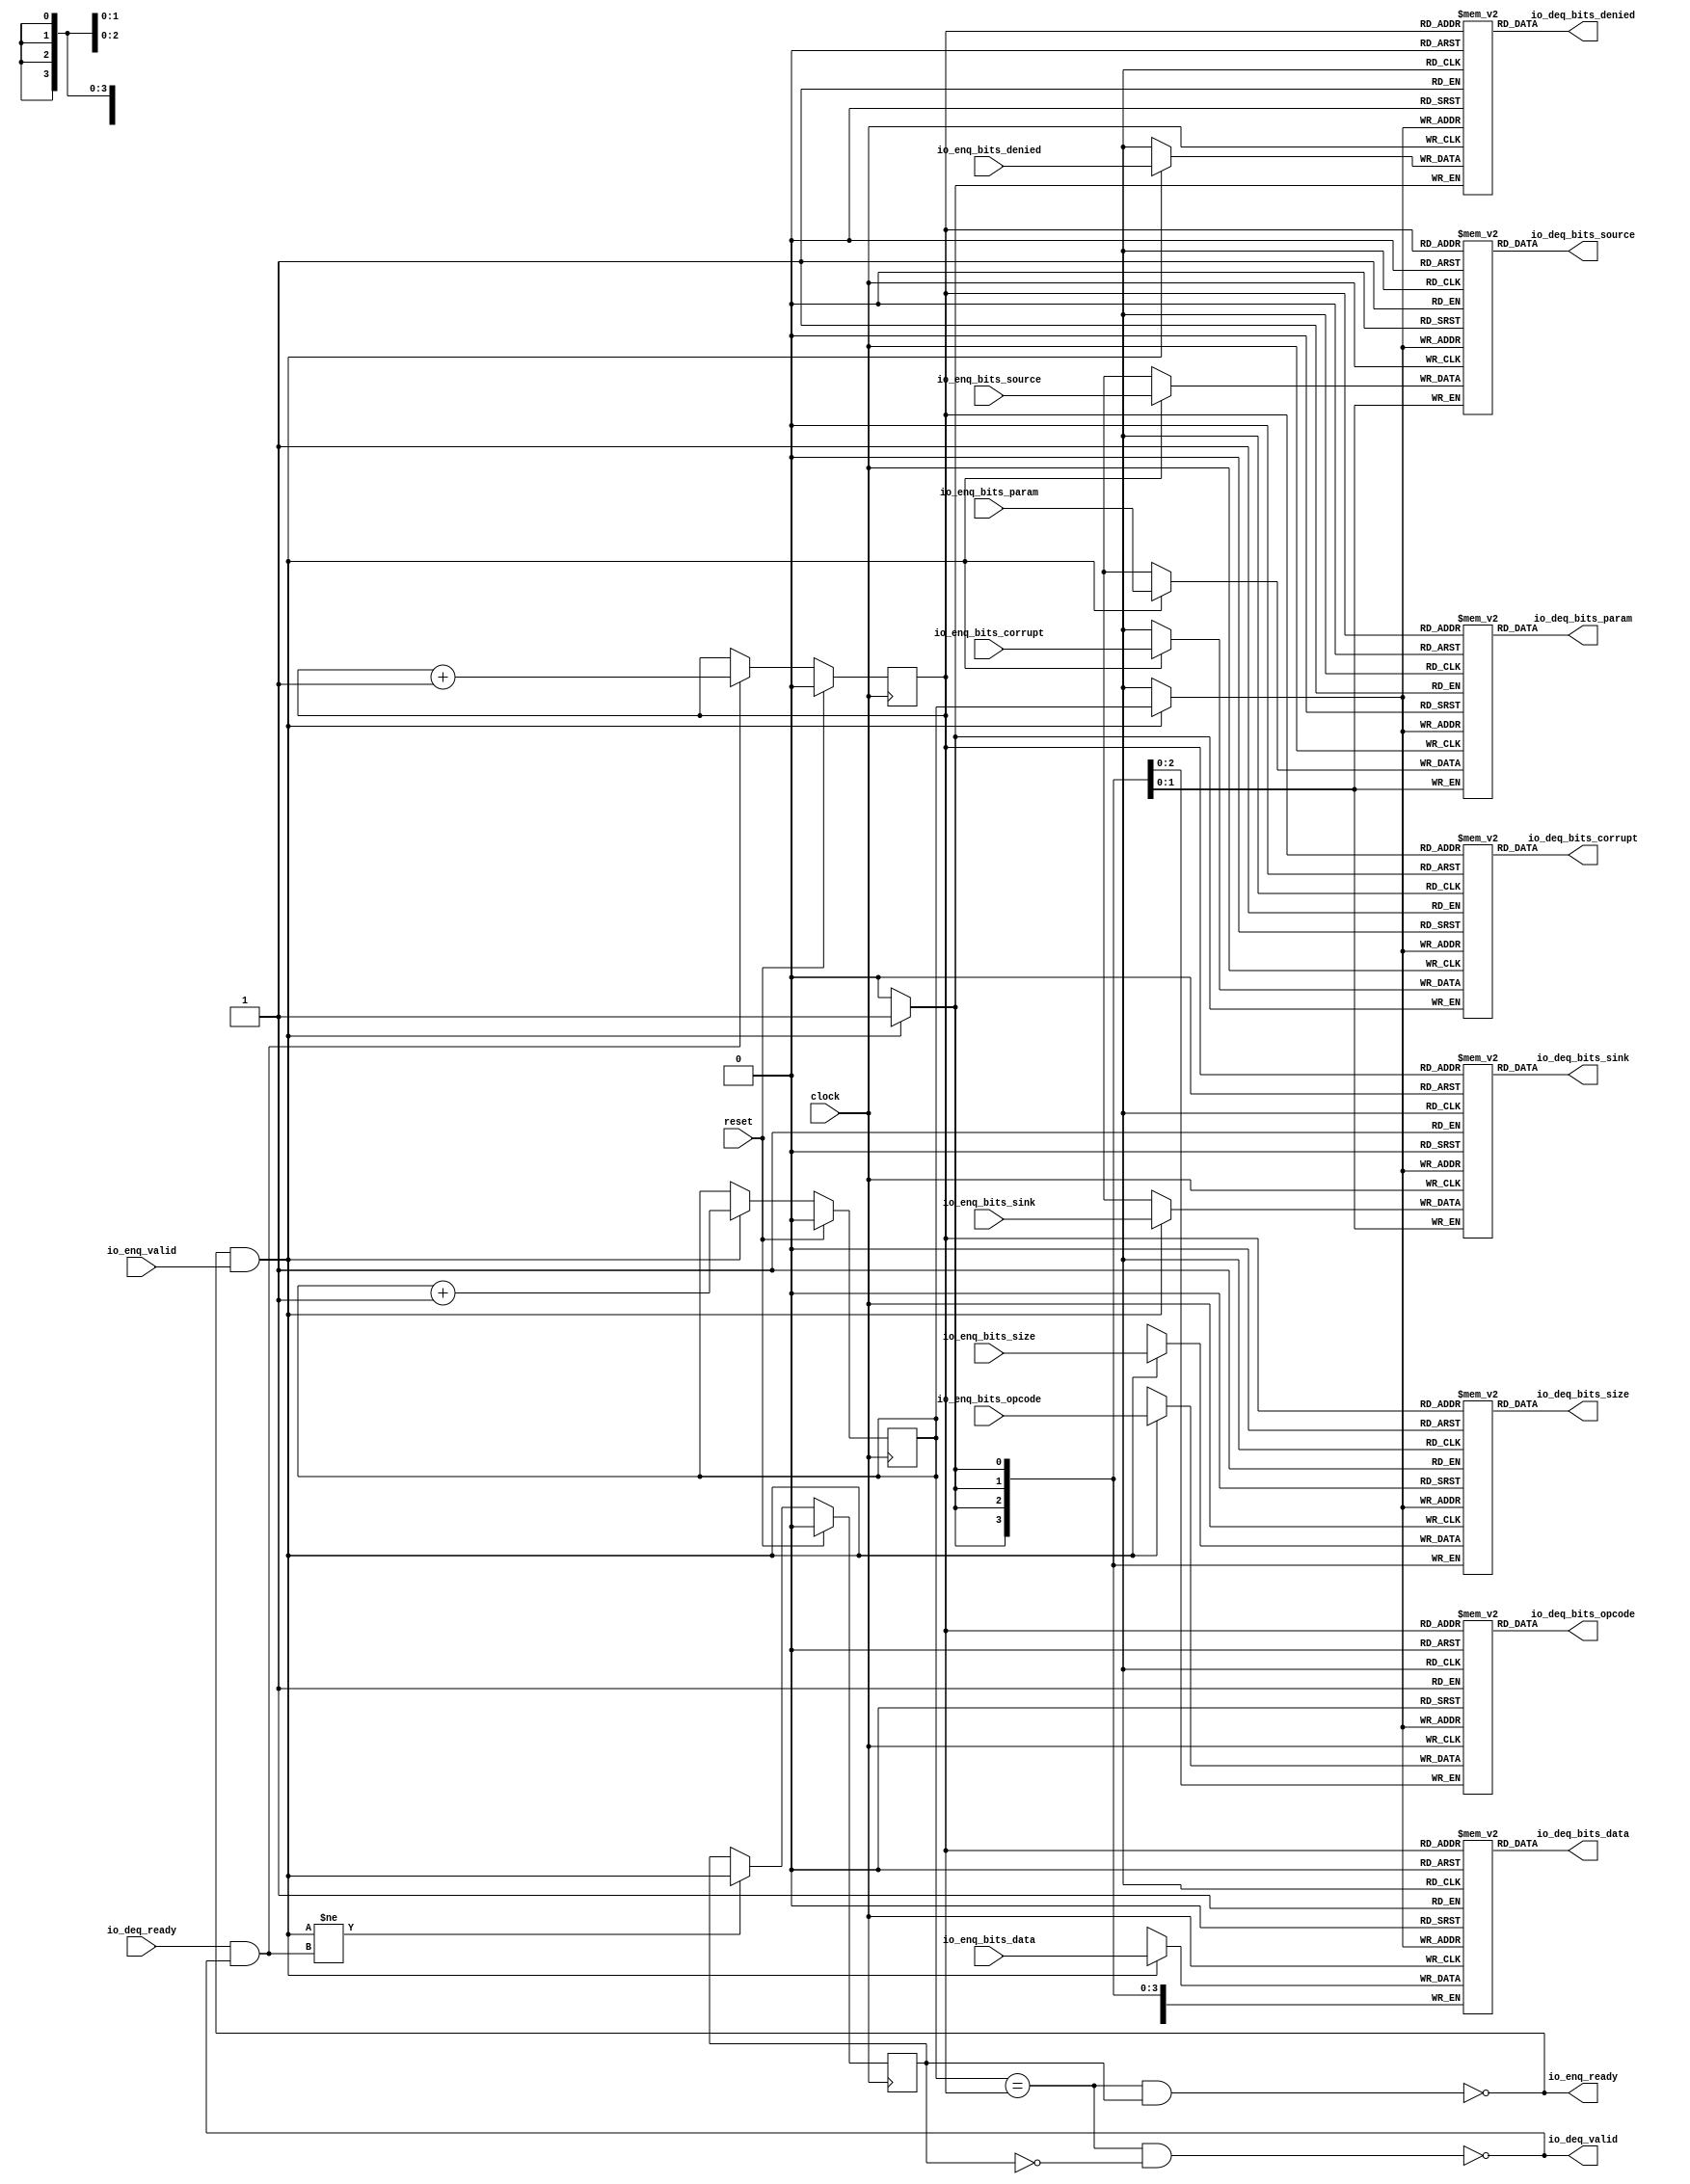
module Queue_34( // @[:freechips.rocketchip.system.DefaultRV32Config.fir@210117.2]
  input         clock, // @[:freechips.rocketchip.system.DefaultRV32Config.fir@210118.4]
  input         reset, // @[:freechips.rocketchip.system.DefaultRV32Config.fir@210119.4]
  output        io_enq_ready, // @[:freechips.rocketchip.system.DefaultRV32Config.fir@210120.4]
  input         io_enq_valid, // @[:freechips.rocketchip.system.DefaultRV32Config.fir@210120.4]
  input  [2:0]  io_enq_bits_opcode, // @[:freechips.rocketchip.system.DefaultRV32Config.fir@210120.4]
  input  [1:0]  io_enq_bits_param, // @[:freechips.rocketchip.system.DefaultRV32Config.fir@210120.4]
  input  [3:0]  io_enq_bits_size, // @[:freechips.rocketchip.system.DefaultRV32Config.fir@210120.4]
  input  [1:0]  io_enq_bits_source, // @[:freechips.rocketchip.system.DefaultRV32Config.fir@210120.4]
  input  [1:0]  io_enq_bits_sink, // @[:freechips.rocketchip.system.DefaultRV32Config.fir@210120.4]
  input         io_enq_bits_denied, // @[:freechips.rocketchip.system.DefaultRV32Config.fir@210120.4]
  input  [31:0] io_enq_bits_data, // @[:freechips.rocketchip.system.DefaultRV32Config.fir@210120.4]
  input         io_enq_bits_corrupt, // @[:freechips.rocketchip.system.DefaultRV32Config.fir@210120.4]
  input         io_deq_ready, // @[:freechips.rocketchip.system.DefaultRV32Config.fir@210120.4]
  output        io_deq_valid, // @[:freechips.rocketchip.system.DefaultRV32Config.fir@210120.4]
  output [2:0]  io_deq_bits_opcode, // @[:freechips.rocketchip.system.DefaultRV32Config.fir@210120.4]
  output [1:0]  io_deq_bits_param, // @[:freechips.rocketchip.system.DefaultRV32Config.fir@210120.4]
  output [3:0]  io_deq_bits_size, // @[:freechips.rocketchip.system.DefaultRV32Config.fir@210120.4]
  output [1:0]  io_deq_bits_source, // @[:freechips.rocketchip.system.DefaultRV32Config.fir@210120.4]
  output [1:0]  io_deq_bits_sink, // @[:freechips.rocketchip.system.DefaultRV32Config.fir@210120.4]
  output        io_deq_bits_denied, // @[:freechips.rocketchip.system.DefaultRV32Config.fir@210120.4]
  output [31:0] io_deq_bits_data, // @[:freechips.rocketchip.system.DefaultRV32Config.fir@210120.4]
  output        io_deq_bits_corrupt // @[:freechips.rocketchip.system.DefaultRV32Config.fir@210120.4]
);
`ifdef RANDOMIZE_MEM_INIT
  reg [31:0] _RAND_0;
  reg [31:0] _RAND_1;
  reg [31:0] _RAND_2;
  reg [31:0] _RAND_3;
  reg [31:0] _RAND_4;
  reg [31:0] _RAND_5;
  reg [31:0] _RAND_6;
  reg [31:0] _RAND_7;
`endif // RANDOMIZE_MEM_INIT
`ifdef RANDOMIZE_REG_INIT
  reg [31:0] _RAND_8;
  reg [31:0] _RAND_9;
  reg [31:0] _RAND_10;
`endif // RANDOMIZE_REG_INIT
  reg [2:0] ram_opcode [0:1]; // @[Decoupled.scala 209:16:freechips.rocketchip.system.DefaultRV32Config.fir@210122.4]
  wire [2:0] ram_opcode__T_15_data; // @[Decoupled.scala 209:16:freechips.rocketchip.system.DefaultRV32Config.fir@210122.4]
  wire  ram_opcode__T_15_addr; // @[Decoupled.scala 209:16:freechips.rocketchip.system.DefaultRV32Config.fir@210122.4]
  wire [2:0] ram_opcode__T_5_data; // @[Decoupled.scala 209:16:freechips.rocketchip.system.DefaultRV32Config.fir@210122.4]
  wire  ram_opcode__T_5_addr; // @[Decoupled.scala 209:16:freechips.rocketchip.system.DefaultRV32Config.fir@210122.4]
  wire  ram_opcode__T_5_mask; // @[Decoupled.scala 209:16:freechips.rocketchip.system.DefaultRV32Config.fir@210122.4]
  wire  ram_opcode__T_5_en; // @[Decoupled.scala 209:16:freechips.rocketchip.system.DefaultRV32Config.fir@210122.4]
  reg [1:0] ram_param [0:1]; // @[Decoupled.scala 209:16:freechips.rocketchip.system.DefaultRV32Config.fir@210122.4]
  wire [1:0] ram_param__T_15_data; // @[Decoupled.scala 209:16:freechips.rocketchip.system.DefaultRV32Config.fir@210122.4]
  wire  ram_param__T_15_addr; // @[Decoupled.scala 209:16:freechips.rocketchip.system.DefaultRV32Config.fir@210122.4]
  wire [1:0] ram_param__T_5_data; // @[Decoupled.scala 209:16:freechips.rocketchip.system.DefaultRV32Config.fir@210122.4]
  wire  ram_param__T_5_addr; // @[Decoupled.scala 209:16:freechips.rocketchip.system.DefaultRV32Config.fir@210122.4]
  wire  ram_param__T_5_mask; // @[Decoupled.scala 209:16:freechips.rocketchip.system.DefaultRV32Config.fir@210122.4]
  wire  ram_param__T_5_en; // @[Decoupled.scala 209:16:freechips.rocketchip.system.DefaultRV32Config.fir@210122.4]
  reg [3:0] ram_size [0:1]; // @[Decoupled.scala 209:16:freechips.rocketchip.system.DefaultRV32Config.fir@210122.4]
  wire [3:0] ram_size__T_15_data; // @[Decoupled.scala 209:16:freechips.rocketchip.system.DefaultRV32Config.fir@210122.4]
  wire  ram_size__T_15_addr; // @[Decoupled.scala 209:16:freechips.rocketchip.system.DefaultRV32Config.fir@210122.4]
  wire [3:0] ram_size__T_5_data; // @[Decoupled.scala 209:16:freechips.rocketchip.system.DefaultRV32Config.fir@210122.4]
  wire  ram_size__T_5_addr; // @[Decoupled.scala 209:16:freechips.rocketchip.system.DefaultRV32Config.fir@210122.4]
  wire  ram_size__T_5_mask; // @[Decoupled.scala 209:16:freechips.rocketchip.system.DefaultRV32Config.fir@210122.4]
  wire  ram_size__T_5_en; // @[Decoupled.scala 209:16:freechips.rocketchip.system.DefaultRV32Config.fir@210122.4]
  reg [1:0] ram_source [0:1]; // @[Decoupled.scala 209:16:freechips.rocketchip.system.DefaultRV32Config.fir@210122.4]
  wire [1:0] ram_source__T_15_data; // @[Decoupled.scala 209:16:freechips.rocketchip.system.DefaultRV32Config.fir@210122.4]
  wire  ram_source__T_15_addr; // @[Decoupled.scala 209:16:freechips.rocketchip.system.DefaultRV32Config.fir@210122.4]
  wire [1:0] ram_source__T_5_data; // @[Decoupled.scala 209:16:freechips.rocketchip.system.DefaultRV32Config.fir@210122.4]
  wire  ram_source__T_5_addr; // @[Decoupled.scala 209:16:freechips.rocketchip.system.DefaultRV32Config.fir@210122.4]
  wire  ram_source__T_5_mask; // @[Decoupled.scala 209:16:freechips.rocketchip.system.DefaultRV32Config.fir@210122.4]
  wire  ram_source__T_5_en; // @[Decoupled.scala 209:16:freechips.rocketchip.system.DefaultRV32Config.fir@210122.4]
  reg [1:0] ram_sink [0:1]; // @[Decoupled.scala 209:16:freechips.rocketchip.system.DefaultRV32Config.fir@210122.4]
  wire [1:0] ram_sink__T_15_data; // @[Decoupled.scala 209:16:freechips.rocketchip.system.DefaultRV32Config.fir@210122.4]
  wire  ram_sink__T_15_addr; // @[Decoupled.scala 209:16:freechips.rocketchip.system.DefaultRV32Config.fir@210122.4]
  wire [1:0] ram_sink__T_5_data; // @[Decoupled.scala 209:16:freechips.rocketchip.system.DefaultRV32Config.fir@210122.4]
  wire  ram_sink__T_5_addr; // @[Decoupled.scala 209:16:freechips.rocketchip.system.DefaultRV32Config.fir@210122.4]
  wire  ram_sink__T_5_mask; // @[Decoupled.scala 209:16:freechips.rocketchip.system.DefaultRV32Config.fir@210122.4]
  wire  ram_sink__T_5_en; // @[Decoupled.scala 209:16:freechips.rocketchip.system.DefaultRV32Config.fir@210122.4]
  reg  ram_denied [0:1]; // @[Decoupled.scala 209:16:freechips.rocketchip.system.DefaultRV32Config.fir@210122.4]
  wire  ram_denied__T_15_data; // @[Decoupled.scala 209:16:freechips.rocketchip.system.DefaultRV32Config.fir@210122.4]
  wire  ram_denied__T_15_addr; // @[Decoupled.scala 209:16:freechips.rocketchip.system.DefaultRV32Config.fir@210122.4]
  wire  ram_denied__T_5_data; // @[Decoupled.scala 209:16:freechips.rocketchip.system.DefaultRV32Config.fir@210122.4]
  wire  ram_denied__T_5_addr; // @[Decoupled.scala 209:16:freechips.rocketchip.system.DefaultRV32Config.fir@210122.4]
  wire  ram_denied__T_5_mask; // @[Decoupled.scala 209:16:freechips.rocketchip.system.DefaultRV32Config.fir@210122.4]
  wire  ram_denied__T_5_en; // @[Decoupled.scala 209:16:freechips.rocketchip.system.DefaultRV32Config.fir@210122.4]
  reg [31:0] ram_data [0:1]; // @[Decoupled.scala 209:16:freechips.rocketchip.system.DefaultRV32Config.fir@210122.4]
  wire [31:0] ram_data__T_15_data; // @[Decoupled.scala 209:16:freechips.rocketchip.system.DefaultRV32Config.fir@210122.4]
  wire  ram_data__T_15_addr; // @[Decoupled.scala 209:16:freechips.rocketchip.system.DefaultRV32Config.fir@210122.4]
  wire [31:0] ram_data__T_5_data; // @[Decoupled.scala 209:16:freechips.rocketchip.system.DefaultRV32Config.fir@210122.4]
  wire  ram_data__T_5_addr; // @[Decoupled.scala 209:16:freechips.rocketchip.system.DefaultRV32Config.fir@210122.4]
  wire  ram_data__T_5_mask; // @[Decoupled.scala 209:16:freechips.rocketchip.system.DefaultRV32Config.fir@210122.4]
  wire  ram_data__T_5_en; // @[Decoupled.scala 209:16:freechips.rocketchip.system.DefaultRV32Config.fir@210122.4]
  reg  ram_corrupt [0:1]; // @[Decoupled.scala 209:16:freechips.rocketchip.system.DefaultRV32Config.fir@210122.4]
  wire  ram_corrupt__T_15_data; // @[Decoupled.scala 209:16:freechips.rocketchip.system.DefaultRV32Config.fir@210122.4]
  wire  ram_corrupt__T_15_addr; // @[Decoupled.scala 209:16:freechips.rocketchip.system.DefaultRV32Config.fir@210122.4]
  wire  ram_corrupt__T_5_data; // @[Decoupled.scala 209:16:freechips.rocketchip.system.DefaultRV32Config.fir@210122.4]
  wire  ram_corrupt__T_5_addr; // @[Decoupled.scala 209:16:freechips.rocketchip.system.DefaultRV32Config.fir@210122.4]
  wire  ram_corrupt__T_5_mask; // @[Decoupled.scala 209:16:freechips.rocketchip.system.DefaultRV32Config.fir@210122.4]
  wire  ram_corrupt__T_5_en; // @[Decoupled.scala 209:16:freechips.rocketchip.system.DefaultRV32Config.fir@210122.4]
  reg  _T; // @[Counter.scala 29:33:freechips.rocketchip.system.DefaultRV32Config.fir@210123.4]
  reg  _T_1; // @[Counter.scala 29:33:freechips.rocketchip.system.DefaultRV32Config.fir@210124.4]
  reg  maybe_full; // @[Decoupled.scala 212:27:freechips.rocketchip.system.DefaultRV32Config.fir@210125.4]
  wire  ptr_match; // @[Decoupled.scala 214:33:freechips.rocketchip.system.DefaultRV32Config.fir@210126.4]
  wire  _T_2; // @[Decoupled.scala 215:28:freechips.rocketchip.system.DefaultRV32Config.fir@210127.4]
  wire  empty; // @[Decoupled.scala 215:25:freechips.rocketchip.system.DefaultRV32Config.fir@210128.4]
  wire  full; // @[Decoupled.scala 216:24:freechips.rocketchip.system.DefaultRV32Config.fir@210129.4]
  wire  do_enq; // @[Decoupled.scala 40:37:freechips.rocketchip.system.DefaultRV32Config.fir@210130.4]
  wire  do_deq; // @[Decoupled.scala 40:37:freechips.rocketchip.system.DefaultRV32Config.fir@210133.4]
  wire  _T_8; // @[Counter.scala 39:22:freechips.rocketchip.system.DefaultRV32Config.fir@210148.6]
  wire  _T_11; // @[Counter.scala 39:22:freechips.rocketchip.system.DefaultRV32Config.fir@210154.6]
  wire  _T_12; // @[Decoupled.scala 227:16:freechips.rocketchip.system.DefaultRV32Config.fir@210157.4]
  assign ram_opcode__T_15_addr = _T_1;
  assign ram_opcode__T_15_data = ram_opcode[ram_opcode__T_15_addr]; // @[Decoupled.scala 209:16:freechips.rocketchip.system.DefaultRV32Config.fir@210122.4]
  assign ram_opcode__T_5_data = io_enq_bits_opcode;
  assign ram_opcode__T_5_addr = _T;
  assign ram_opcode__T_5_mask = 1'h1;
  assign ram_opcode__T_5_en = io_enq_ready & io_enq_valid;
  assign ram_param__T_15_addr = _T_1;
  assign ram_param__T_15_data = ram_param[ram_param__T_15_addr]; // @[Decoupled.scala 209:16:freechips.rocketchip.system.DefaultRV32Config.fir@210122.4]
  assign ram_param__T_5_data = io_enq_bits_param;
  assign ram_param__T_5_addr = _T;
  assign ram_param__T_5_mask = 1'h1;
  assign ram_param__T_5_en = io_enq_ready & io_enq_valid;
  assign ram_size__T_15_addr = _T_1;
  assign ram_size__T_15_data = ram_size[ram_size__T_15_addr]; // @[Decoupled.scala 209:16:freechips.rocketchip.system.DefaultRV32Config.fir@210122.4]
  assign ram_size__T_5_data = io_enq_bits_size;
  assign ram_size__T_5_addr = _T;
  assign ram_size__T_5_mask = 1'h1;
  assign ram_size__T_5_en = io_enq_ready & io_enq_valid;
  assign ram_source__T_15_addr = _T_1;
  assign ram_source__T_15_data = ram_source[ram_source__T_15_addr]; // @[Decoupled.scala 209:16:freechips.rocketchip.system.DefaultRV32Config.fir@210122.4]
  assign ram_source__T_5_data = io_enq_bits_source;
  assign ram_source__T_5_addr = _T;
  assign ram_source__T_5_mask = 1'h1;
  assign ram_source__T_5_en = io_enq_ready & io_enq_valid;
  assign ram_sink__T_15_addr = _T_1;
  assign ram_sink__T_15_data = ram_sink[ram_sink__T_15_addr]; // @[Decoupled.scala 209:16:freechips.rocketchip.system.DefaultRV32Config.fir@210122.4]
  assign ram_sink__T_5_data = io_enq_bits_sink;
  assign ram_sink__T_5_addr = _T;
  assign ram_sink__T_5_mask = 1'h1;
  assign ram_sink__T_5_en = io_enq_ready & io_enq_valid;
  assign ram_denied__T_15_addr = _T_1;
  assign ram_denied__T_15_data = ram_denied[ram_denied__T_15_addr]; // @[Decoupled.scala 209:16:freechips.rocketchip.system.DefaultRV32Config.fir@210122.4]
  assign ram_denied__T_5_data = io_enq_bits_denied;
  assign ram_denied__T_5_addr = _T;
  assign ram_denied__T_5_mask = 1'h1;
  assign ram_denied__T_5_en = io_enq_ready & io_enq_valid;
  assign ram_data__T_15_addr = _T_1;
  assign ram_data__T_15_data = ram_data[ram_data__T_15_addr]; // @[Decoupled.scala 209:16:freechips.rocketchip.system.DefaultRV32Config.fir@210122.4]
  assign ram_data__T_5_data = io_enq_bits_data;
  assign ram_data__T_5_addr = _T;
  assign ram_data__T_5_mask = 1'h1;
  assign ram_data__T_5_en = io_enq_ready & io_enq_valid;
  assign ram_corrupt__T_15_addr = _T_1;
  assign ram_corrupt__T_15_data = ram_corrupt[ram_corrupt__T_15_addr]; // @[Decoupled.scala 209:16:freechips.rocketchip.system.DefaultRV32Config.fir@210122.4]
  assign ram_corrupt__T_5_data = io_enq_bits_corrupt;
  assign ram_corrupt__T_5_addr = _T;
  assign ram_corrupt__T_5_mask = 1'h1;
  assign ram_corrupt__T_5_en = io_enq_ready & io_enq_valid;
  assign ptr_match = _T == _T_1; // @[Decoupled.scala 214:33:freechips.rocketchip.system.DefaultRV32Config.fir@210126.4]
  assign _T_2 = ~maybe_full; // @[Decoupled.scala 215:28:freechips.rocketchip.system.DefaultRV32Config.fir@210127.4]
  assign empty = ptr_match & _T_2; // @[Decoupled.scala 215:25:freechips.rocketchip.system.DefaultRV32Config.fir@210128.4]
  assign full = ptr_match & maybe_full; // @[Decoupled.scala 216:24:freechips.rocketchip.system.DefaultRV32Config.fir@210129.4]
  assign do_enq = io_enq_ready & io_enq_valid; // @[Decoupled.scala 40:37:freechips.rocketchip.system.DefaultRV32Config.fir@210130.4]
  assign do_deq = io_deq_ready & io_deq_valid; // @[Decoupled.scala 40:37:freechips.rocketchip.system.DefaultRV32Config.fir@210133.4]
  assign _T_8 = _T + 1'h1; // @[Counter.scala 39:22:freechips.rocketchip.system.DefaultRV32Config.fir@210148.6]
  assign _T_11 = _T_1 + 1'h1; // @[Counter.scala 39:22:freechips.rocketchip.system.DefaultRV32Config.fir@210154.6]
  assign _T_12 = do_enq != do_deq; // @[Decoupled.scala 227:16:freechips.rocketchip.system.DefaultRV32Config.fir@210157.4]
  assign io_enq_ready = ~full; // @[Decoupled.scala 232:16:freechips.rocketchip.system.DefaultRV32Config.fir@210164.4]
  assign io_deq_valid = ~empty; // @[Decoupled.scala 231:16:freechips.rocketchip.system.DefaultRV32Config.fir@210162.4]
  assign io_deq_bits_opcode = ram_opcode__T_15_data; // @[Decoupled.scala 233:15:freechips.rocketchip.system.DefaultRV32Config.fir@210173.4]
  assign io_deq_bits_param = ram_param__T_15_data; // @[Decoupled.scala 233:15:freechips.rocketchip.system.DefaultRV32Config.fir@210172.4]
  assign io_deq_bits_size = ram_size__T_15_data; // @[Decoupled.scala 233:15:freechips.rocketchip.system.DefaultRV32Config.fir@210171.4]
  assign io_deq_bits_source = ram_source__T_15_data; // @[Decoupled.scala 233:15:freechips.rocketchip.system.DefaultRV32Config.fir@210170.4]
  assign io_deq_bits_sink = ram_sink__T_15_data; // @[Decoupled.scala 233:15:freechips.rocketchip.system.DefaultRV32Config.fir@210169.4]
  assign io_deq_bits_denied = ram_denied__T_15_data; // @[Decoupled.scala 233:15:freechips.rocketchip.system.DefaultRV32Config.fir@210168.4]
  assign io_deq_bits_data = ram_data__T_15_data; // @[Decoupled.scala 233:15:freechips.rocketchip.system.DefaultRV32Config.fir@210167.4]
  assign io_deq_bits_corrupt = ram_corrupt__T_15_data; // @[Decoupled.scala 233:15:freechips.rocketchip.system.DefaultRV32Config.fir@210166.4]
`ifdef RANDOMIZE_GARBAGE_ASSIGN
`define RANDOMIZE
`endif
`ifdef RANDOMIZE_INVALID_ASSIGN
`define RANDOMIZE
`endif
`ifdef RANDOMIZE_REG_INIT
`define RANDOMIZE
`endif
`ifdef RANDOMIZE_MEM_INIT
`define RANDOMIZE
`endif
`ifndef RANDOM
`define RANDOM $random
`endif
`ifdef RANDOMIZE_MEM_INIT
  integer initvar;
`endif
`ifndef SYNTHESIS
`ifdef FIRRTL_BEFORE_INITIAL
`FIRRTL_BEFORE_INITIAL
`endif
initial begin
  `ifdef RANDOMIZE
    `ifdef INIT_RANDOM
      `INIT_RANDOM
    `endif
    `ifndef VERILATOR
      `ifdef RANDOMIZE_DELAY
        #`RANDOMIZE_DELAY begin end
      `else
        #0.002 begin end
      `endif
    `endif
`ifdef RANDOMIZE_MEM_INIT
  _RAND_0 = {1{`RANDOM}};
  for (initvar = 0; initvar < 2; initvar = initvar+1)
    ram_opcode[initvar] = _RAND_0[2:0];
  _RAND_1 = {1{`RANDOM}};
  for (initvar = 0; initvar < 2; initvar = initvar+1)
    ram_param[initvar] = _RAND_1[1:0];
  _RAND_2 = {1{`RANDOM}};
  for (initvar = 0; initvar < 2; initvar = initvar+1)
    ram_size[initvar] = _RAND_2[3:0];
  _RAND_3 = {1{`RANDOM}};
  for (initvar = 0; initvar < 2; initvar = initvar+1)
    ram_source[initvar] = _RAND_3[1:0];
  _RAND_4 = {1{`RANDOM}};
  for (initvar = 0; initvar < 2; initvar = initvar+1)
    ram_sink[initvar] = _RAND_4[1:0];
  _RAND_5 = {1{`RANDOM}};
  for (initvar = 0; initvar < 2; initvar = initvar+1)
    ram_denied[initvar] = _RAND_5[0:0];
  _RAND_6 = {1{`RANDOM}};
  for (initvar = 0; initvar < 2; initvar = initvar+1)
    ram_data[initvar] = _RAND_6[31:0];
  _RAND_7 = {1{`RANDOM}};
  for (initvar = 0; initvar < 2; initvar = initvar+1)
    ram_corrupt[initvar] = _RAND_7[0:0];
`endif // RANDOMIZE_MEM_INIT
`ifdef RANDOMIZE_REG_INIT
  _RAND_8 = {1{`RANDOM}};
  _T = _RAND_8[0:0];
  _RAND_9 = {1{`RANDOM}};
  _T_1 = _RAND_9[0:0];
  _RAND_10 = {1{`RANDOM}};
  maybe_full = _RAND_10[0:0];
`endif // RANDOMIZE_REG_INIT
  `endif // RANDOMIZE
end // initial
`ifdef FIRRTL_AFTER_INITIAL
`FIRRTL_AFTER_INITIAL
`endif
`endif // SYNTHESIS
  always @(posedge clock) begin
    if(ram_opcode__T_5_en & ram_opcode__T_5_mask) begin
      ram_opcode[ram_opcode__T_5_addr] <= ram_opcode__T_5_data; // @[Decoupled.scala 209:16:freechips.rocketchip.system.DefaultRV32Config.fir@210122.4]
    end
    if(ram_param__T_5_en & ram_param__T_5_mask) begin
      ram_param[ram_param__T_5_addr] <= ram_param__T_5_data; // @[Decoupled.scala 209:16:freechips.rocketchip.system.DefaultRV32Config.fir@210122.4]
    end
    if(ram_size__T_5_en & ram_size__T_5_mask) begin
      ram_size[ram_size__T_5_addr] <= ram_size__T_5_data; // @[Decoupled.scala 209:16:freechips.rocketchip.system.DefaultRV32Config.fir@210122.4]
    end
    if(ram_source__T_5_en & ram_source__T_5_mask) begin
      ram_source[ram_source__T_5_addr] <= ram_source__T_5_data; // @[Decoupled.scala 209:16:freechips.rocketchip.system.DefaultRV32Config.fir@210122.4]
    end
    if(ram_sink__T_5_en & ram_sink__T_5_mask) begin
      ram_sink[ram_sink__T_5_addr] <= ram_sink__T_5_data; // @[Decoupled.scala 209:16:freechips.rocketchip.system.DefaultRV32Config.fir@210122.4]
    end
    if(ram_denied__T_5_en & ram_denied__T_5_mask) begin
      ram_denied[ram_denied__T_5_addr] <= ram_denied__T_5_data; // @[Decoupled.scala 209:16:freechips.rocketchip.system.DefaultRV32Config.fir@210122.4]
    end
    if(ram_data__T_5_en & ram_data__T_5_mask) begin
      ram_data[ram_data__T_5_addr] <= ram_data__T_5_data; // @[Decoupled.scala 209:16:freechips.rocketchip.system.DefaultRV32Config.fir@210122.4]
    end
    if(ram_corrupt__T_5_en & ram_corrupt__T_5_mask) begin
      ram_corrupt[ram_corrupt__T_5_addr] <= ram_corrupt__T_5_data; // @[Decoupled.scala 209:16:freechips.rocketchip.system.DefaultRV32Config.fir@210122.4]
    end
    if (reset) begin
      _T <= 1'h0;
    end else if (do_enq) begin
      _T <= _T_8;
    end
    if (reset) begin
      _T_1 <= 1'h0;
    end else if (do_deq) begin
      _T_1 <= _T_11;
    end
    if (reset) begin
      maybe_full <= 1'h0;
    end else if (_T_12) begin
      maybe_full <= do_enq;
    end
  end
endmodule